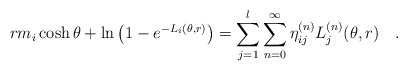
\begin{align*}rm_{i}\cosh \theta +\ln \left( 1-e^{-L_{i}(\theta ,r)}\right)=\sum\limits_{j=1}^{l}\sum\limits_{n=0}^{\infty }\eta_{ij}^{(n)}L_{j}^{(n)}(\theta ,r)\quad . \end{align*}